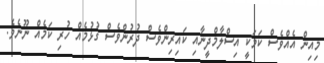
މިއިން އެއްވެސް ކަމަކީ އިސްލާމްދީނާއި ކައިރިންވެސް ދުރުންވެސް ގުޅުމެއް ހުރި ކަމެއް ނޫނެވެ.